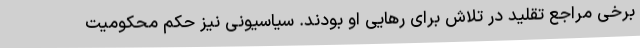
برخی مراجع تقلید در تلاش برای رهایی او بودند. سیاسیونی نیز حکم محکومیت